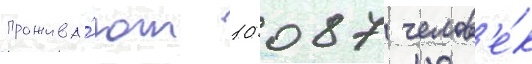
прожива́ют 10 087 челов'е́к